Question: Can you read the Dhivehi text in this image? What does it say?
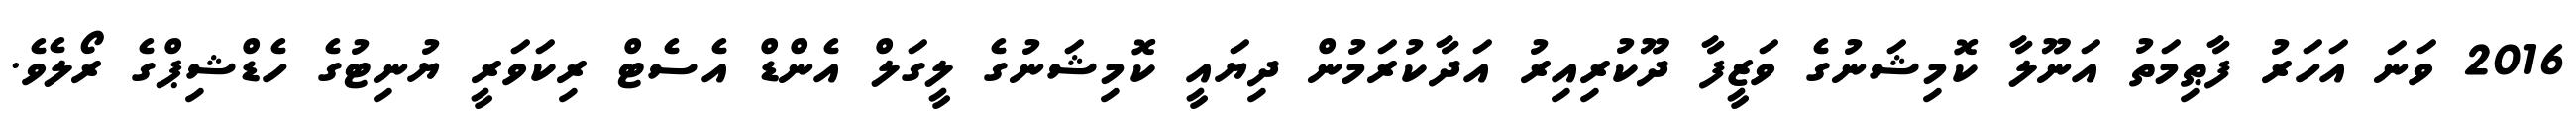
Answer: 2016 ވަނަ އަހަރު ފާޠިމަތު އަނޫލާ ކޮމިޝަނުގެ ވަޒީފާ ދޫކުރިއިރު އަދާކުރަމުން ދިޔައީ ކޮމިޝަނުގެ ލީގަލް އެންޑް އެސެޓް ރިކަވަރީ ޔުނިޓުގެ ހެޑްޝިޕްގެ ރޯލެވެ.